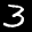
Label: 3